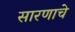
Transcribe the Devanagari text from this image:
सारणाचे